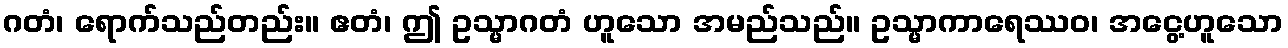
ဂတံ၊ ရောက်သည်တည်း။ ဧတံ၊ ဤ ဥသ္မာဂတံ ဟူသော အမည်သည်။ ဥသ္မာကာရေဿဝ၊ အငွေ့ဟူသော